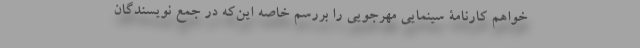
‌خواهم کارنامۀ سینمایی مهرجویی را بررسم خاصه این‌که در جمع نویسندگان